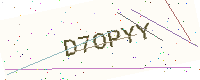
Text: D7OPYY